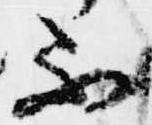
不